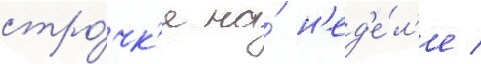
стро́чк'е на́ н'ед'е́л'е /